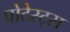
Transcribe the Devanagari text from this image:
प्रोटेस्ट्स